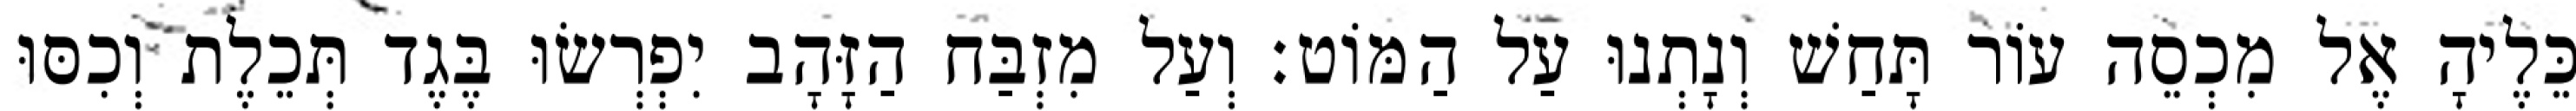
כֵּלֶיהָ אֶל מִכְסֵה עוֹר תָּחַשׁ וְנָתְנוּ עַל הַמּוֹט׃ וְעַל מִזְבַּח הַזָּהָב יִפְרְשׂוּ בֶּגֶד תְּכֵלֶת וְכִסּוּ